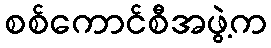
စစ်ကောင်စီအဖွဲ့က